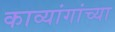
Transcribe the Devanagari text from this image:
काव्यांगांच्या